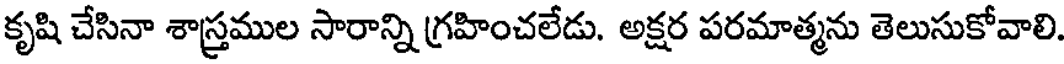
కృషి చేసినా శాస్త్రముల సారాన్ని గ్రహించలేడు. అక్షర పరమాత్మను తెలుసుకోవాలి.